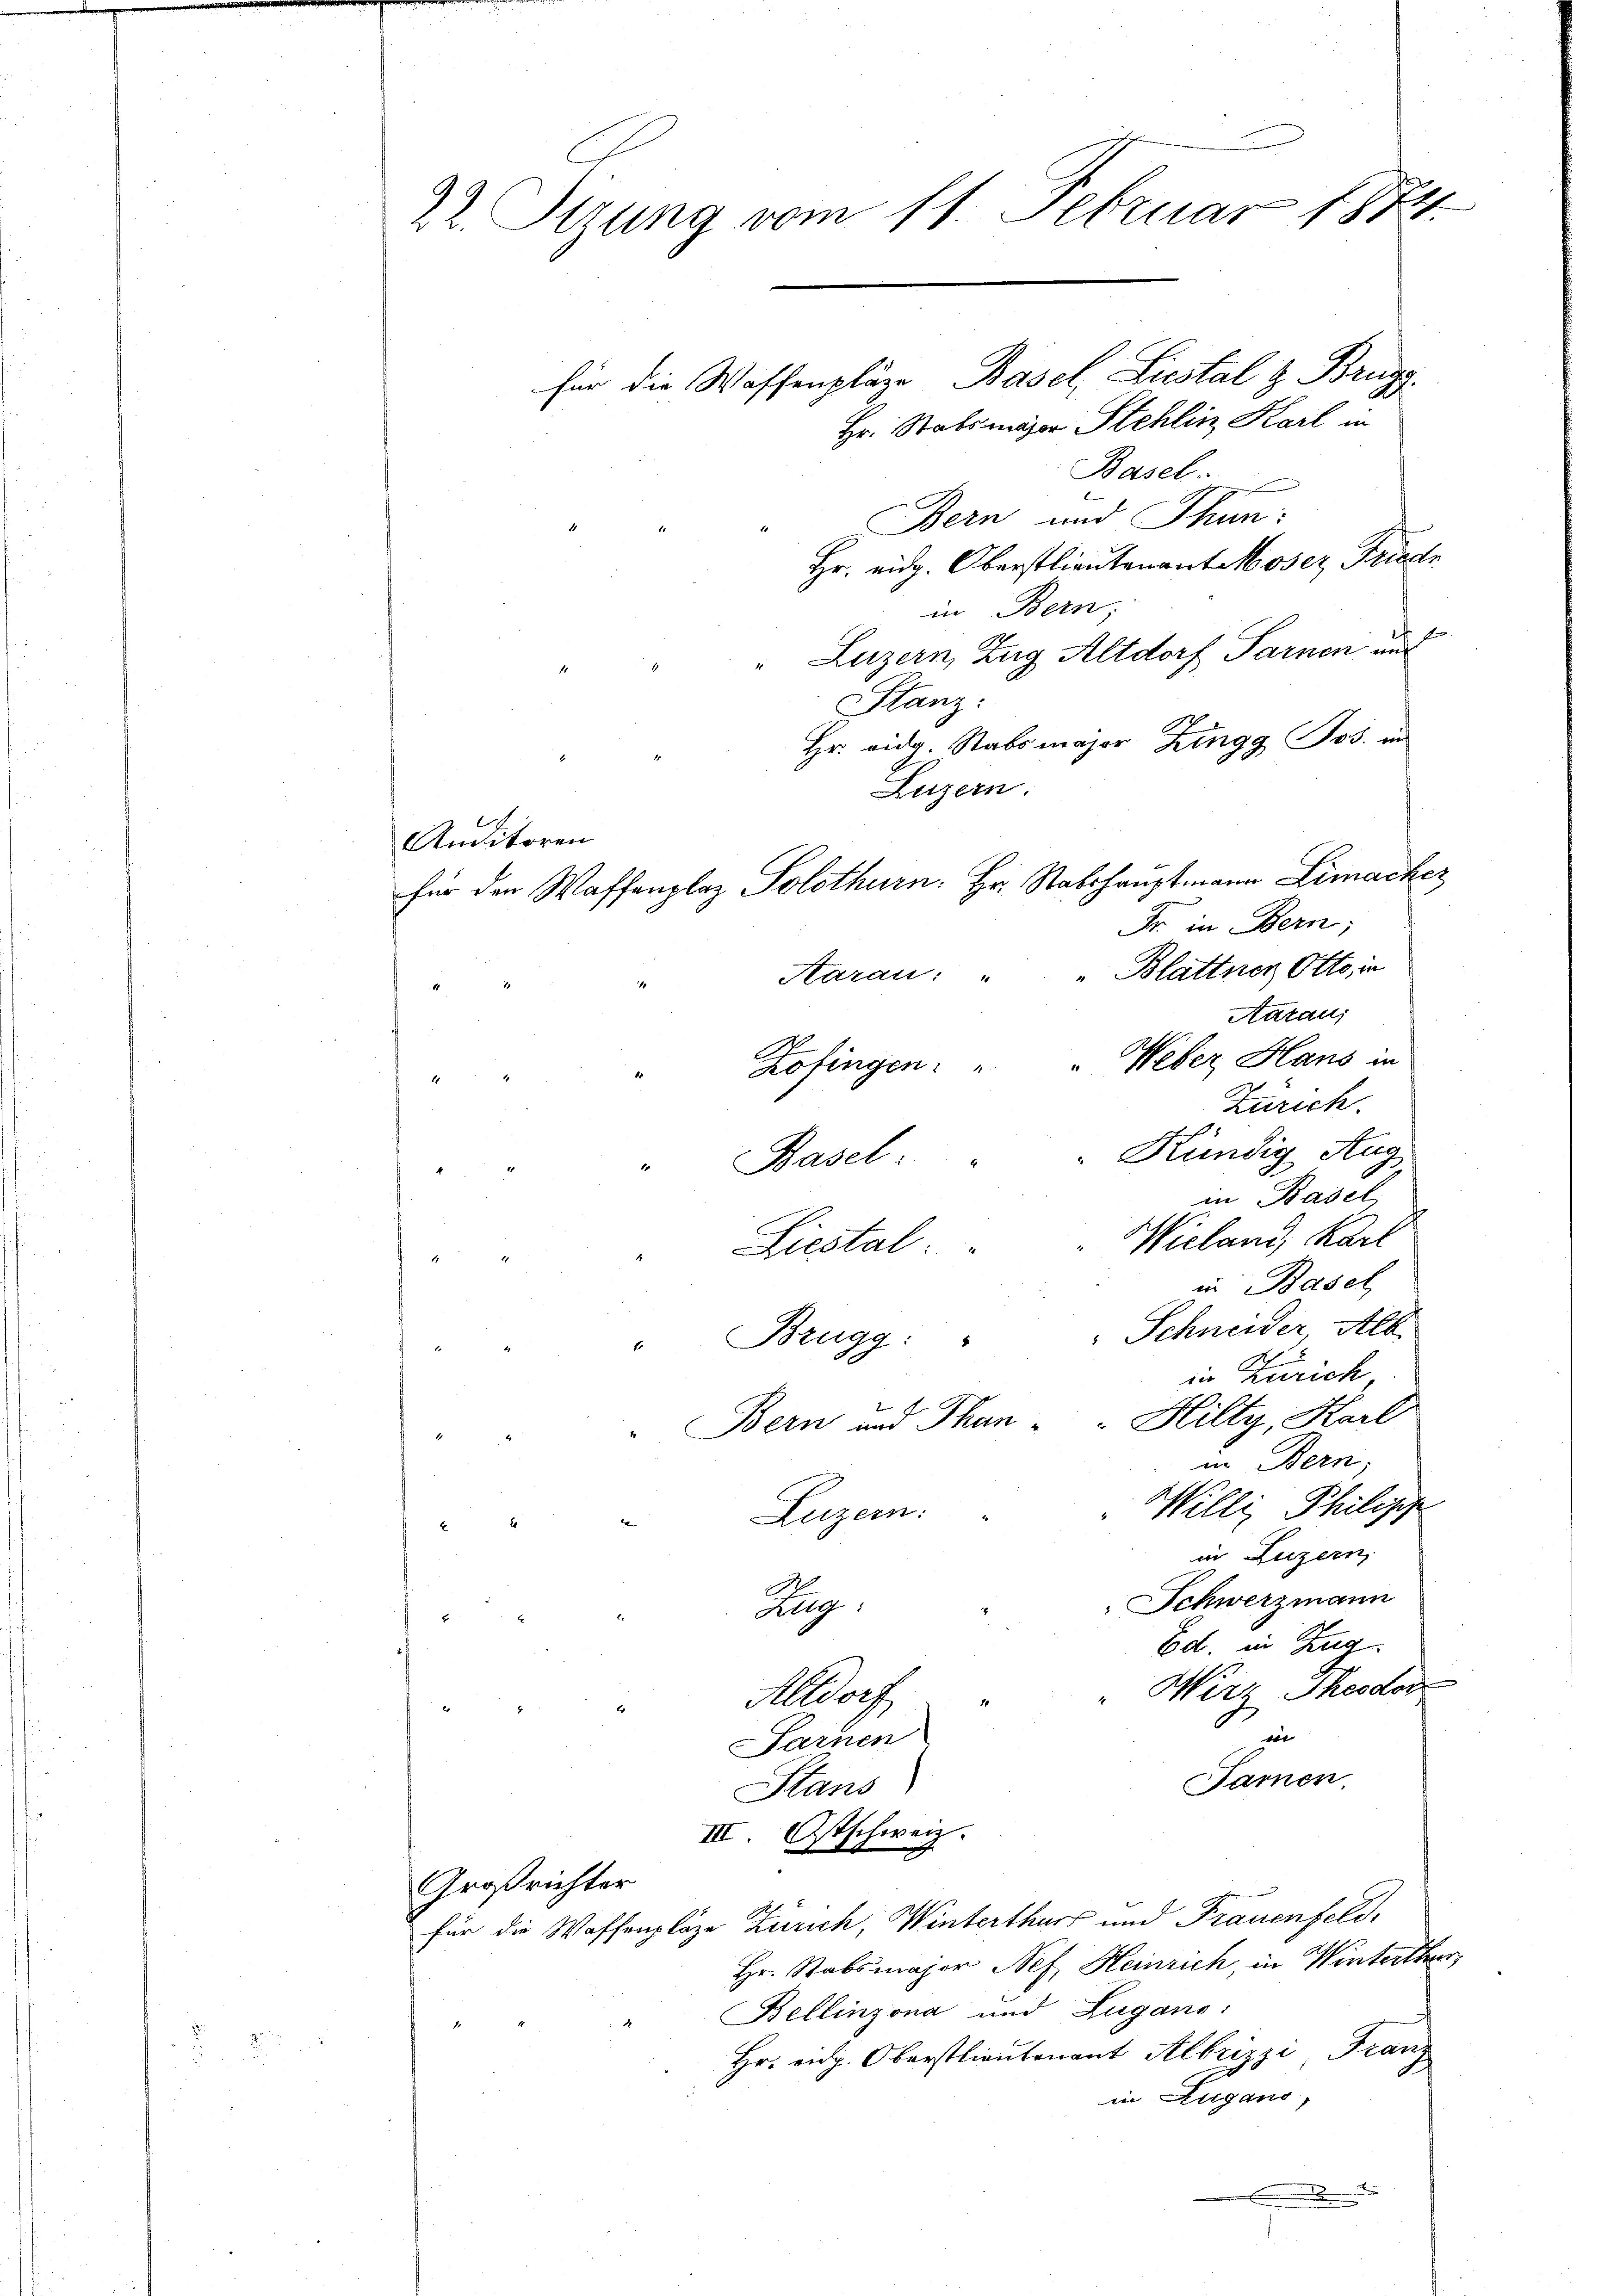
22 Sizung vom 11. Februar 1874.

für die Waffenpläge, Basel, Liestal & Brugg.
Hr. Stabsmäger Stehlin Karl in
Basel.
Bern und Thun:
Hr. eidg. Oberstlieutenant Moser Friedr
in Bern;
Luzern, Zug Altdorf Sarnen und
Stanz:
Hr. eidg. Stabsmajor Zingg Jos. in
Luzern.
Anditoren
für den Waffenplaz Solothurn. Hr. Stabshauptmann Limacher
Fr. in Bern;
Aarau: " " Blattner Otto, in
Aatau,
Kofingen: " " Weber Hans in
Zürich.
" Basel " " Kündig Aug
in Basel,
Wieland, Karl
Liestal.
in Basel
"Brugg: " " Schneider, Alt
in Zürich
" Bern und Than " " Hilty, Karl
in Bern,
Willis Philis
 Luzern:
in Luzern,
Schwerzmann
Kleg
Ed. in Zug
"Wirz Theodor
Altdorf
in
Sarnen
Farnen.
Hans
III. Ostschweiz.
Großrichter
für die Waffenpläze Zürich, Winterthur und Frauenfeld,
Hr. Stabsmajor Nef. Heinrich, in Winterthur
Bellinzona und Zugano:
Hr. eidg. Oberstlieutenant Albrizzi Franz
in Zugano,
.
.